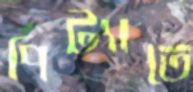
পিট্যাতে